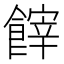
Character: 𩝪